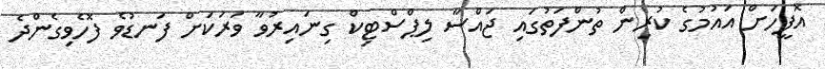
އޮފީހަށް އައުމުގެ ކުރިން ތުންފަތުގައި ޖައްސާ ލިޕްސްޓިކް ގިނައިރުވާ ވަރަކަށް ފަނޑުވެ ފޮހެވިގެންދެ